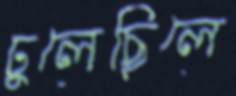
ঢুলেছিলে